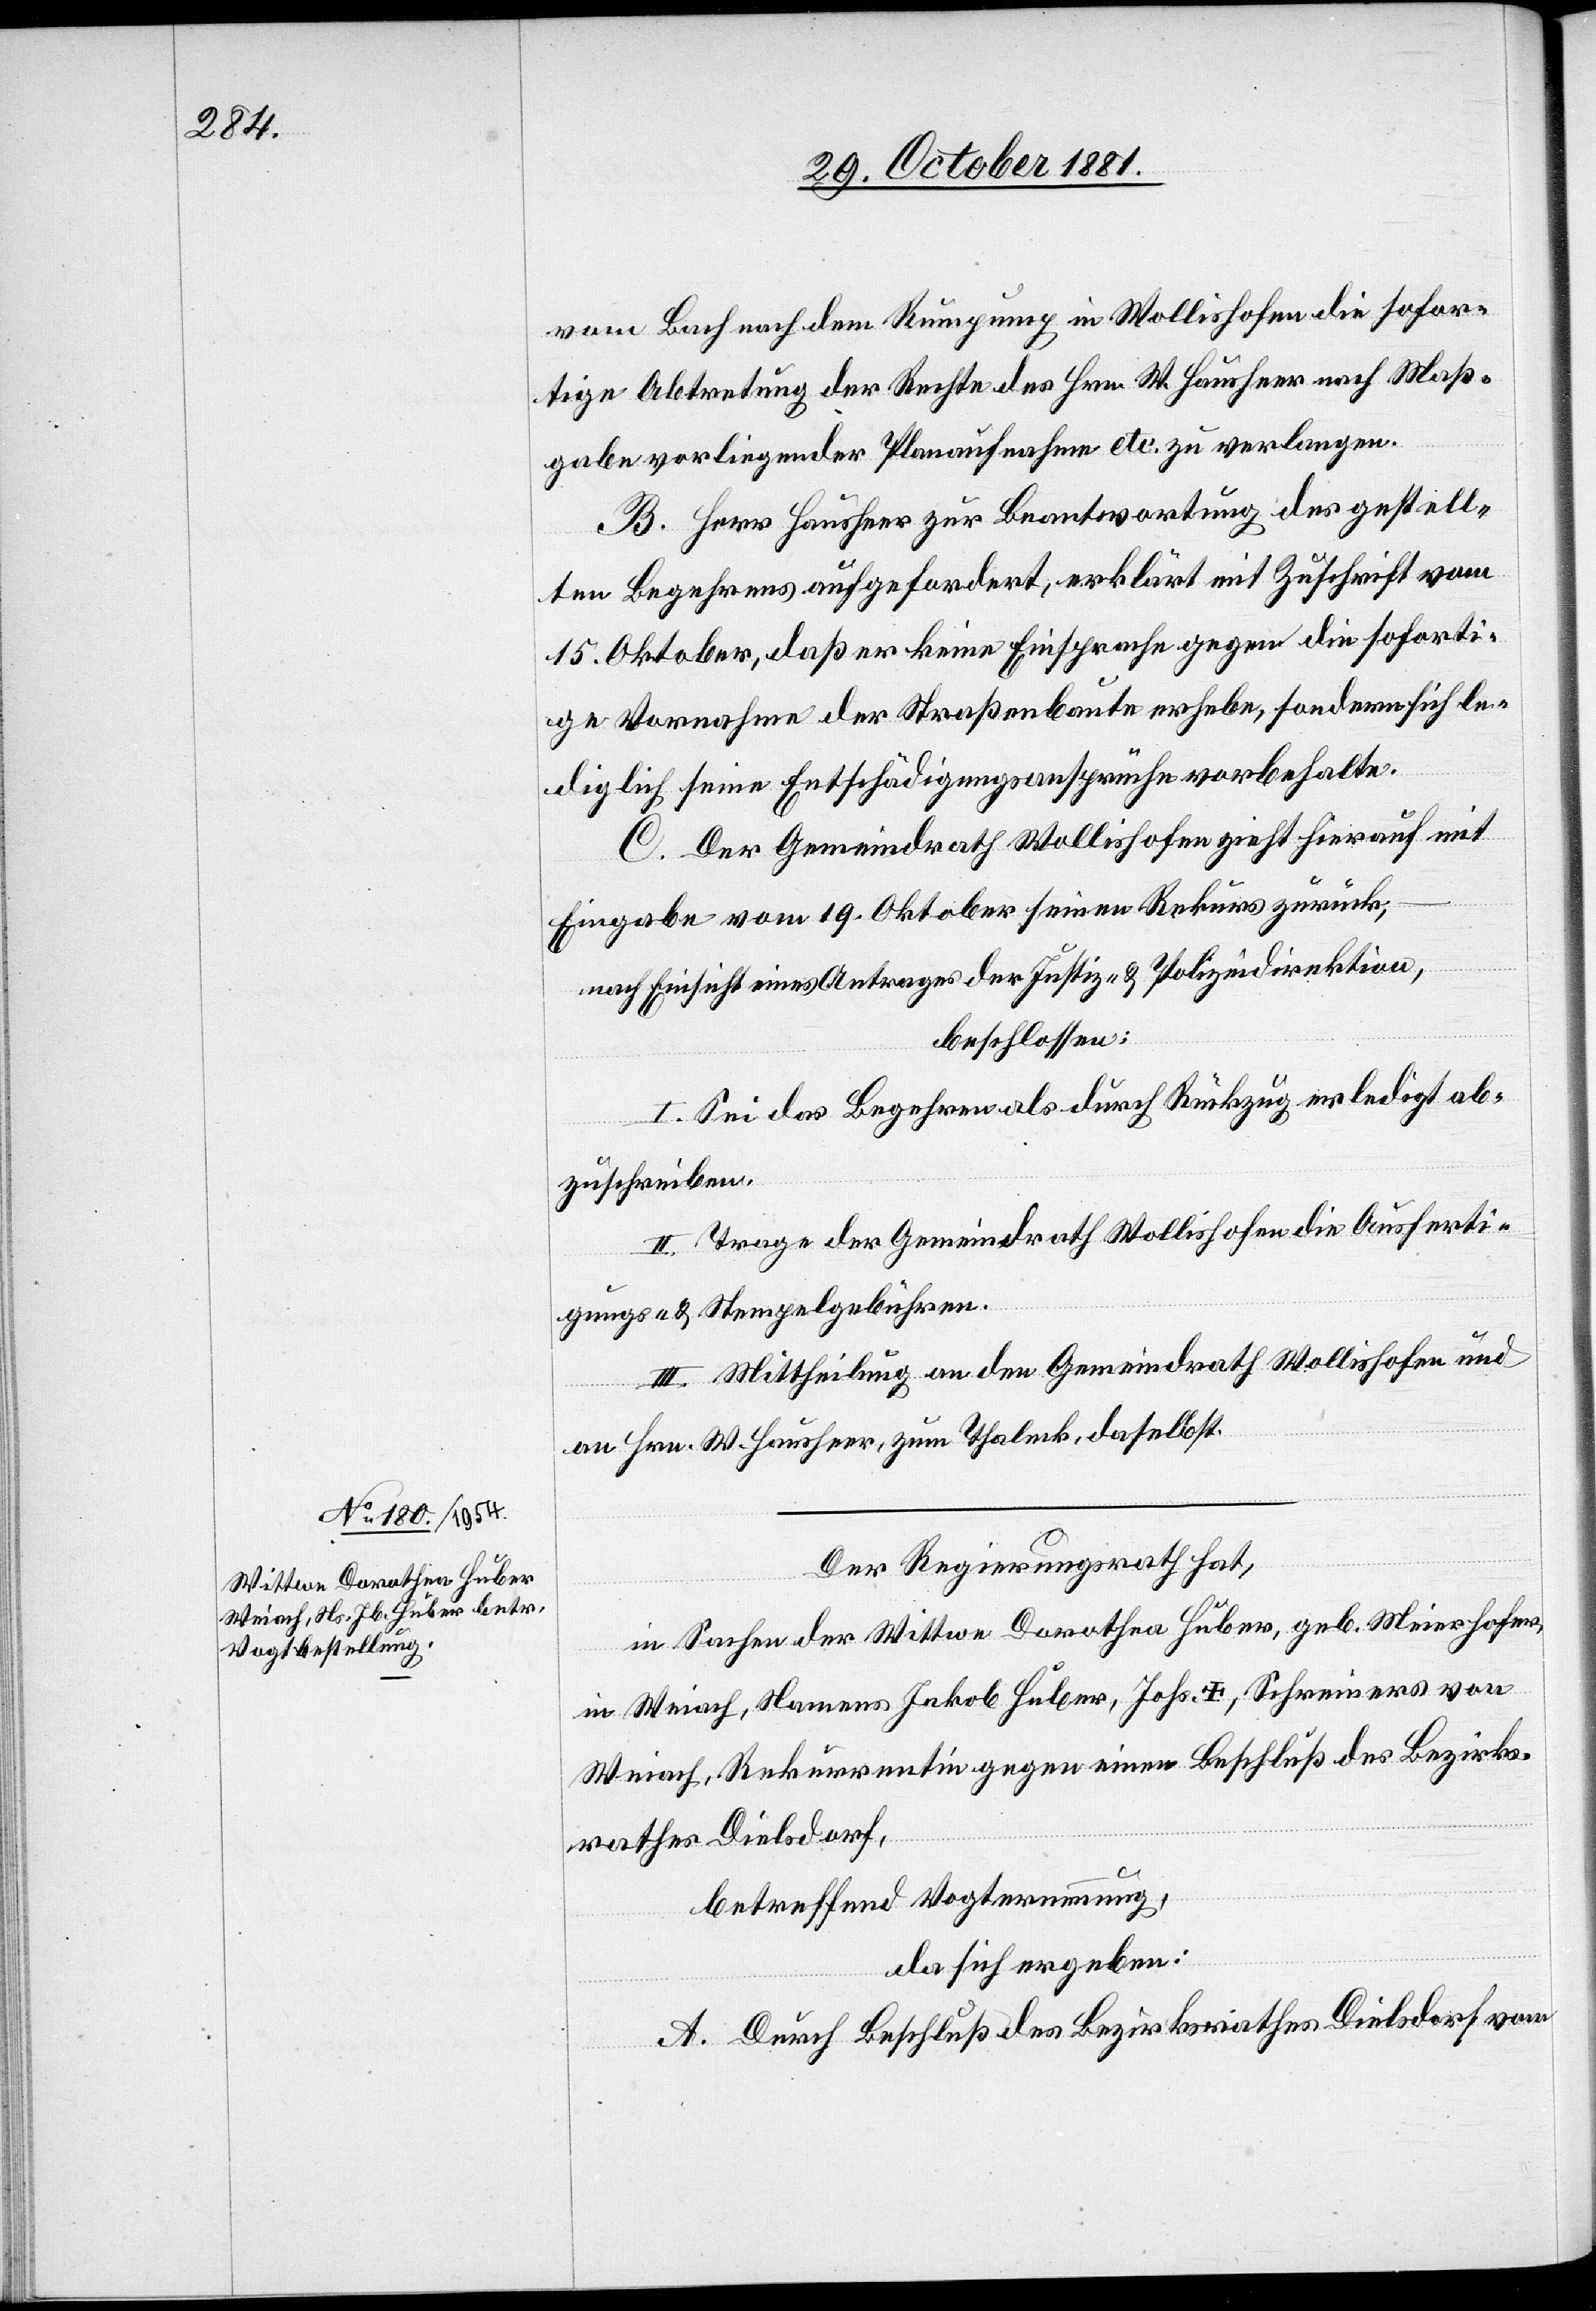
vom Bach nach dem Rumpump in Wollishofen die sofor¬
tige Abtretung der Rechte des Hrn. W. Hausheer nach Maß¬
gabe vorliegender Planaufnahme etc. zu verlangen.
B. Herr Hausheer zur Beantwortung des gestell¬
ten Begehrens aufgefordert, erklärt mit Zuschrift vom
15. Oktober, daß er keine Einsprache gegen die soforti¬
ge Vornahme der Straßenbaute erhebe, sondern sich le¬
diglich seine Entschädigungsansprüche vorbehalte.
C. Der Gemeindrath Wollishofen zieht hierauf mit
Eingabe vom 19. Oktober seinen Rekurs zurück;
nach Einsicht eines Antrages der Justiz- & Polizeidirektion,
beschlossen:
I. Sei das Begehren als durch Rückzug erledigt ab¬
zuschreiben.
II. Trage der Gemeindrath Wollishofen die Ausferti¬
gungs- & Stempelgebühren.
III. Mittheilung an den Gemeindrath Wollishofen und
an Hrn. W. Hausheer, zum Thaleck, daselbst.
Der Regierungsrath hat,
in Sachen der Wittwe Dorothea Huber, geb. Meierhofer,
in Weiach, Namens Jakob Huber, [Sohn des] Johs. †, Schreiners von
Weiach, Rekurrentin gegen einen Beschluß des Bezirks¬
rathes Dielsdorf,
betreffend Vogternennung,
da sich ergeben:
A. Durch Beschluß des Bezirksrathes Dielsdorf vom